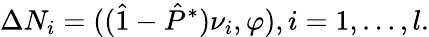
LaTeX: \Delta N_{i}=((\hat{1}-\hat{P}^{*})\nu_{i},\varphi),i=1,\ldots,l.